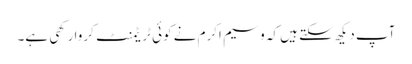
آپ دیکھ سکتے ہیں کہ وسیم اکرم نے کوئی ٹریٹمنٹ کروا رکھی ہے۔